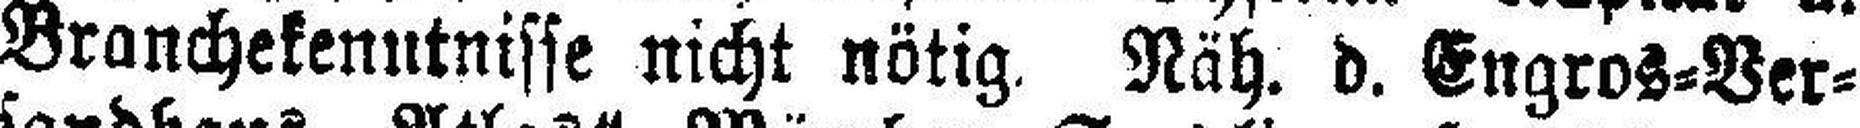
Branchekenutnisse nicht nötig. Näh. d. Engros=Ver¬